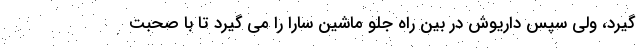
گیرد، ولی سپس داریوش در بین راه جلو ماشین سارا را می گیرد تا با صحبت